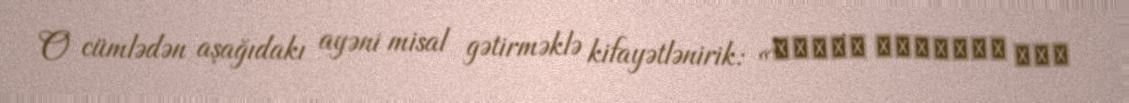
O cümlədən aşağıdakı ayəni misal gətirməklə kifayətlənirik: «إِنَّ اللَّهَ لاَ